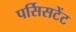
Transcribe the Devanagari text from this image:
पर्सिसटेंट